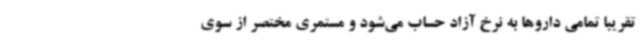
تقریبا تمامی داروها به نرخ آزاد حساب می‌شود و مستمری مختصر از سوی